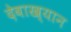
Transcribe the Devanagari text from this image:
देवाख्यान